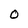
Character: O